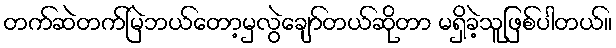
တက်ဆဲတက်မြဲဘယ်တော့မှလွဲချော်တယ်ဆိုတာ မရှိခဲ့သူဖြစ်ပါတယ်။